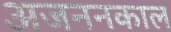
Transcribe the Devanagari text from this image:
अजननकाल